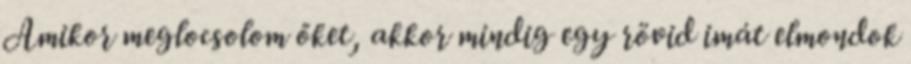
Amikor meglocsolom őket, akkor mindig egy rövid imát elmondok